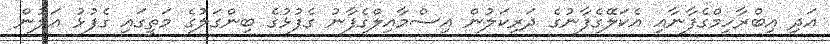
އަދި އިބްރާހިމްގެފާނާއި އެކަލޭގެފާނުގެ ދަރިކަލުން އިސްމާއިލްގެފާނު ގެފުޅުގެ ބިންގަލުގެ މަތީގައި ގެފުޅު އަލުން